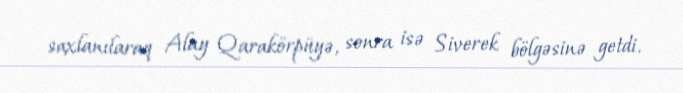
saxlanılaraq Alay Qarakörpüyə, sonra isə Siverek bölgəsinə getdi.